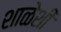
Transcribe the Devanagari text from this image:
शाळेशी